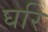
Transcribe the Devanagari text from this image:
घरि